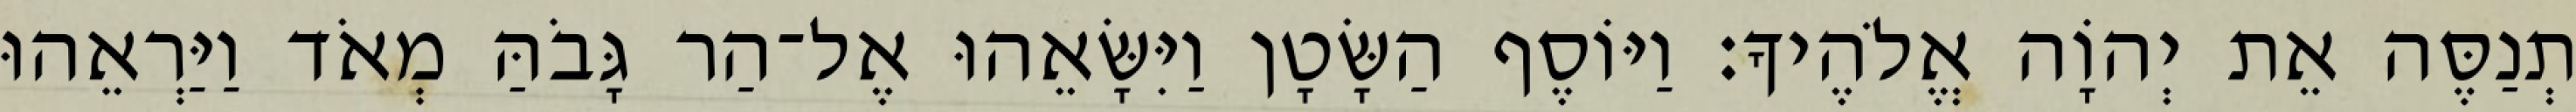
תְנַסֶּה אֵת יְהוָֹה אֱלֹהֶיךָ׃ וַיּוֹסֶף הַשָּׂטָן וַיִּשָּׂאֵהוּ אֶל־הַר גָּבֹהַּ מְאֹד וַיַּרְאֵהוּ